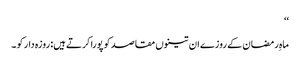
‘‘
ماہِ رمضان کے روزے ان تینوں مقاصد کو پورا کرتے ہیں: روزہ دار کو ۔